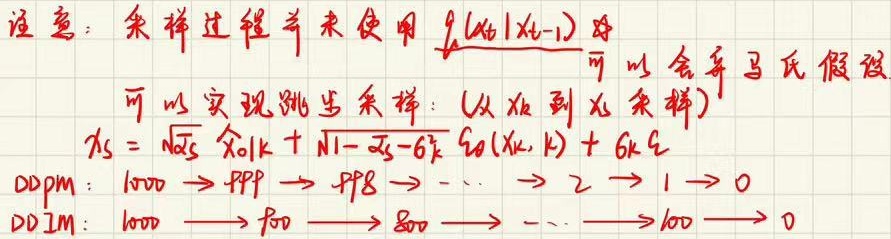
注意：采样过程并未使用 $\frac{\rho(x_t |x_{t - 1})}{\eta}$。可以舍弃马氏假设可以实现跳步采样：(从 $x_{k}$ 到 $x_{k'}$ 采样)
$x_{k'} = \sqrt{\alpha_{k'}} \hat{x}_{0|k} + \sqrt{1 - \alpha_{k'} - 6k'} \xi_{0}(x_{k}, k') + 6k'\xi$
DDPM：$1000 \to 999 \to 998 \to \cdots \to 2 \to 1 \to 0$
DDIM：$1000 \to 900 \to 800 \to \cdots \to 100 \to 0$